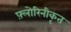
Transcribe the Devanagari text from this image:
फ़्लोरिनीकृत